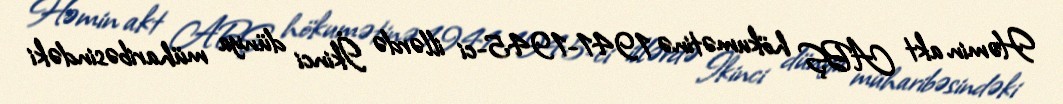
Həmin akt ABŞ hökumətinə 1941-1945-ci illərdə İkinci dünya müharibəsindəki